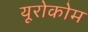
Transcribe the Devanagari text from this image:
यूरोकोम